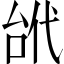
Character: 𠳙